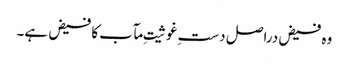
وہ فیض دراصل دستِ غوثیتِ مآب کا فیض ہے۔